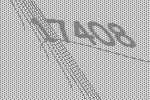
17408